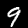
Digit: 9